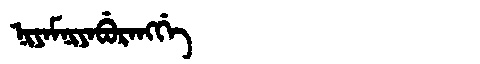
Manchu: ᠨᡳᠶᠠᠮᠨᡳᠶᠠᠪᡠᡵᠠᠩᡤᡝ
Romanization: NIYAMNIYABURANGGE